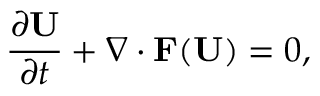
\frac { \partial \mathbf { U } } { \partial t } + \nabla \cdot \mathbf { F ( \mathbf { U } ) } = 0 ,